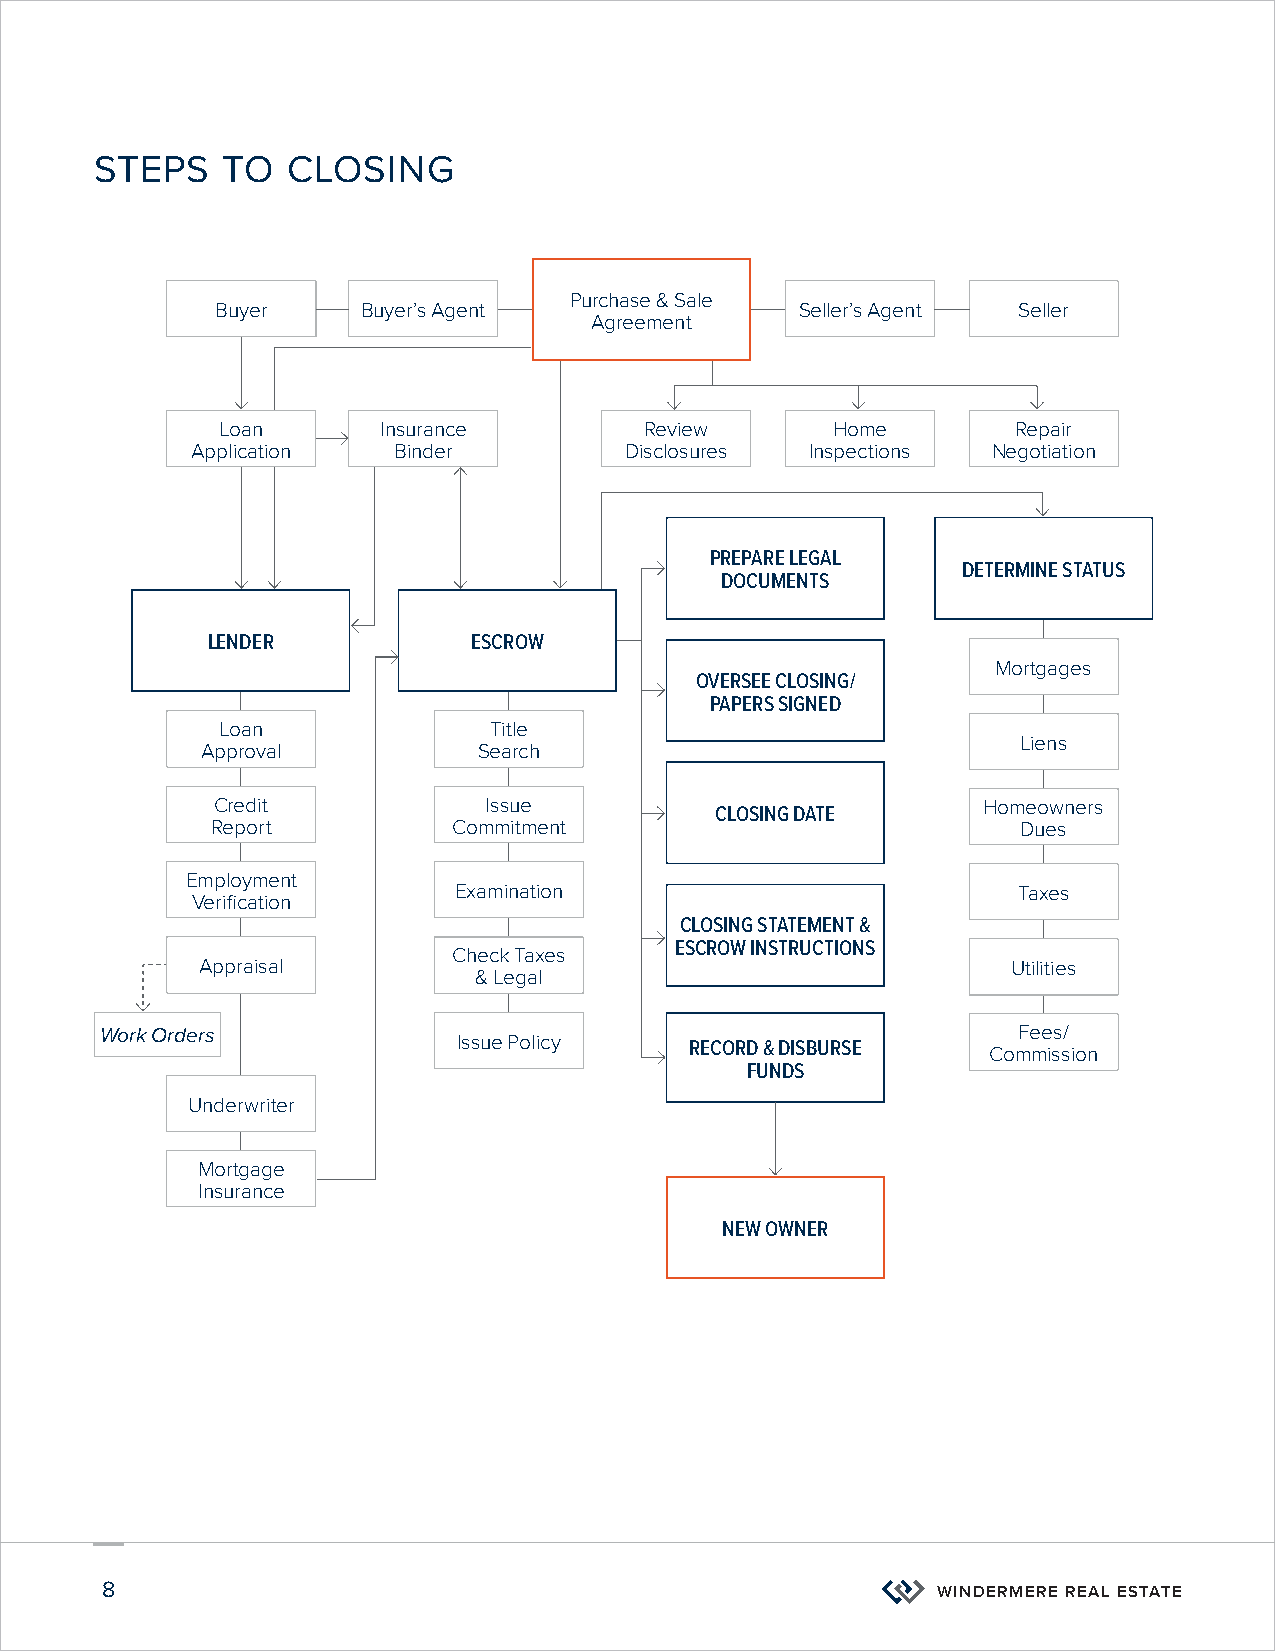
STEPS    TO  CLOSING
 Purchase & Sale
 Buyer     Buyer’s Agent                Seller’s Agent Seller
 Agreement
 Loan      Insurance         Review      Home        Repair
 Application  Binder         Disclosures  Inspections Negotiation
 PREPARE LEGAL
 DETERMINE STATUS
 DOCUMENTS
 LENDER           ESCROW
 Mortgages
 OVERSEE CLOSING/
 PAPERS SIGNED
 Loan             Title
 Liens
 Approval           Search
 Credit            Issue                            Homeowners
 CLOSING DATE
 Report          Commitment                            Dues
 Employment
 Examination                          Taxes
 Verification
 CLOSING STATEMENT &
 ESCROW INSTRUCTIONS
 Check Taxes
 Appraisal                                             Utilities
 & Legal
 Work Orders            Issue Policy    RECORD & DISBURSE    Fees/
 Commission
 FUNDS
 Underwriter
 Mortgage
 Insurance
 NEW OWNER
 8                                                      WINDERMERE REAL ESTATE